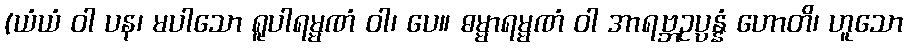
(ယံယံ ဝါ ပန၊ မပါသော ရူပါရမ္မဏံ ဝါ၊ ပေ။ ဓမ္မာရမ္မဏံ ဝါ အာရဗ္ဘဥပ္ပန္နံ ဟောတိ၊ ဟူသော